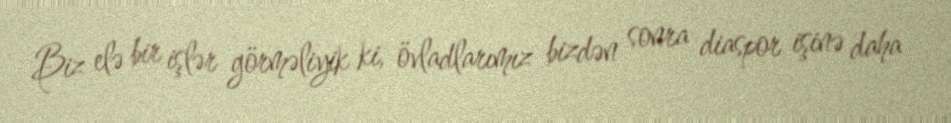
Biz elə bir işlər görməliyik ki, övladlarımız bizdən sonra diaspor işinə daha